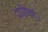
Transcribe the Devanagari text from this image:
राशियाँ।